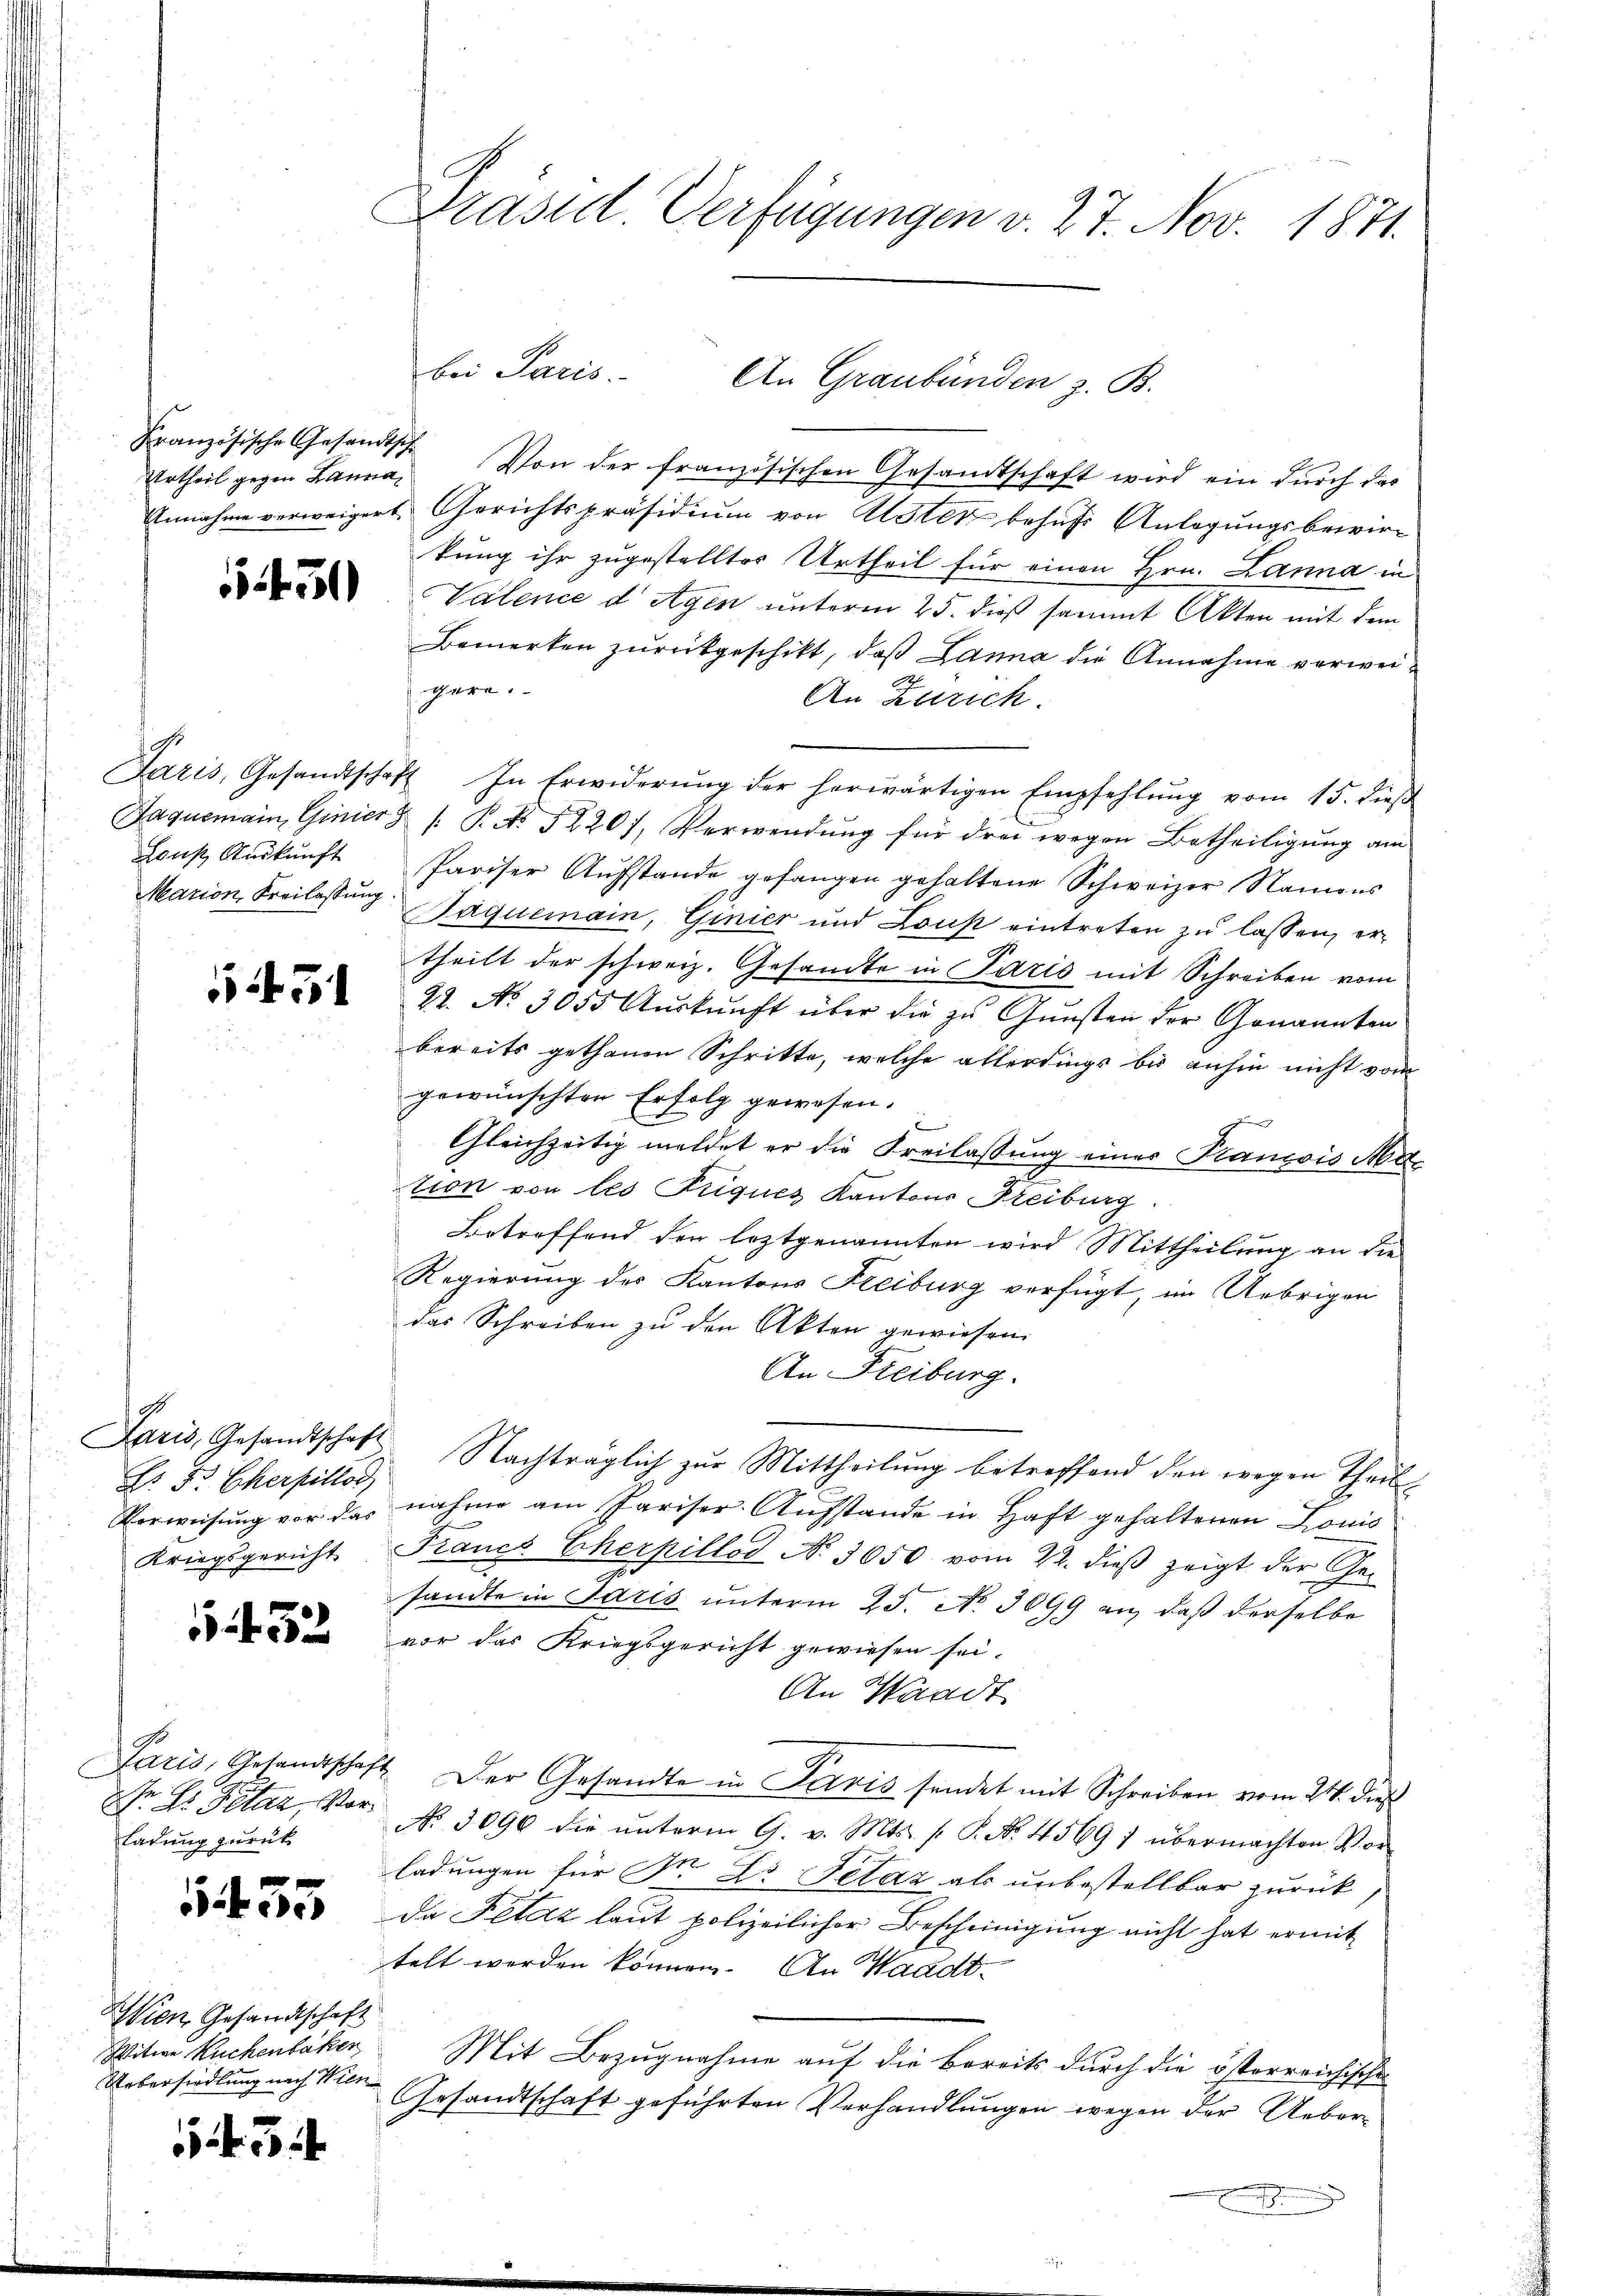
Urtheil gegen Lanna

5

Marion, Kreilassung

N. F. Eherpillor
Verwesung vor das

1452

Paris, Gesandtschaf
Ir ds Peter, Vorladung zurück

5455

Wien Gesandtschaft
Witwe Kuchenbaker
Uebersiedlung nach Wien.

Präsid. Verfügungen v. 27. Nov. 1871.

bei Paris.
An Graubünden z. B.

Französische Gesandtsch. Von der französischen Gesandtschaft wird ein durch das
Annahme verweigert Gerichtspräsidiŭm von Uster behufs Anlegungsbewirkung ihr zugestelltes Urtheil für einen Hrn. Lanna in
Valence dagen unterm 25. dieß sammt Akten mit dem
Bemerken zurückgeschikt, daß Lanna die Annahme verweigerei-
An Zürich.
Paris, Gesandtschaft. In Erwiderŭng der herwärtigen Empfehlŭng vom 15. dieβ
Jaquemain Ginier & s. P. No 52207, Verwendŭng für drei wegen Betheiligŭng am
Haŭs Aŭskŭnft Pariser Aŭfstande gefangen gehaltene Schweizer Namens
Paquemain, Ginier und Lous eintreten zu lassen, ertheilt der schweiz. Gesandte in Paris mit Schreiben vom
22. No. 3055 Aŭskŭnft über die zu Gunsten der Genannten
bereits gethanen Schritte, welche allerdings bis anhin nicht vom
gewünschten Erfolg gewesen.

Gleichzeitig meldet er die Freilassung einer Plancois Mation von les Puques Kantons Freiburg.
Betreffend der leztgenannten wird Mittheilung an die
Regierung des Kantons Freiburg verfügt, im Uebrigen
das Schreiben zu den Akten gewiesen.
An Freiburg.
Paris, Gesandtschaft Nachträglich zur Mittheilung betreffend den wegen Theilnahme am Pariser Aufstande in Haft gehaltenen Louis
Kriegsgericht Francs Cherpillod No 3650 vom 22. dieβ zeigt der Ge-
sandte in Paris unterm 25. No. 3699 an, daß derselbe
vor das Kriegsgericht gewiesen sei.
An Waadt
" Der Gesandte in Paris sendet mit Schreiben vom 24. dieß
No. 3096 die ŭnterm 9. v. Mts. f. P. Nr. 4569 1 übermachten Vor-
ladungen für Sr. Dr Telaz als unbestellbar zurück,
Da Petaz laut polizeilicher Bescheinigung nicht hat ermit
telt werden können. An Waadt¬
Mit Bezugnahme auf die Bereits durch die österreichische
Gesandtschaft geführten Verhandlungen wegen der Ueber¬
E